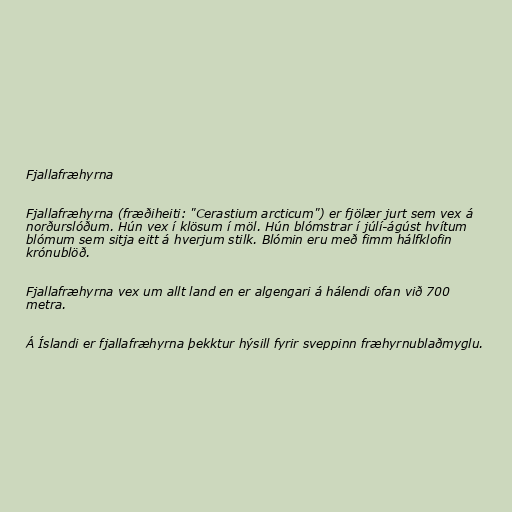
Fjallafræhyrna

Fjallafræhyrna (fræðiheiti: "Cerastium arcticum") er fjölær jurt sem vex á
norðurslóðum. Hún vex í klösum í möl. Hún blómstrar í júlí-ágúst hvítum
blómum sem sitja eitt á hverjum stilk. Blómin eru með fimm hálfklofin
krónublöð.

Fjallafræhyrna vex um allt land en er algengari á hálendi ofan við 700
metra.

Á Íslandi er fjallafræhyrna þekktur hýsill fyrir sveppinn fræhyrnublaðmyglu.